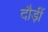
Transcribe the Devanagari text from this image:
दौड़ीं